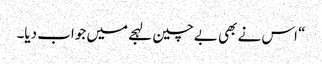
“ اس نے بھی بے چین لہجے میں جواب دیا۔